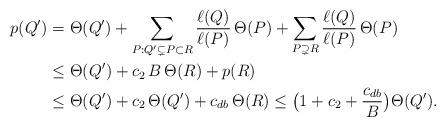
LaTeX: \begin{align*}p(Q') & =\Theta(Q') + \sum_{P:Q'\subsetneq P\subset R} \frac{\ell(Q)}{\ell(P)}\,\Theta(P) + \sum_{P\supsetneq R} \frac{\ell(Q)}{\ell(P)}\,\Theta(P) \\& \leq \Theta(Q') + c_2\,B\,\Theta(R) + p(R) \\& \leq \Theta(Q') + c_2\,\Theta(Q') + c_{db}\,\Theta(R)\leq \bigl (1 + c_2 + \frac{c_{db}}B\bigr)\Theta(Q').\end{align*}